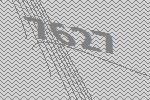
7627